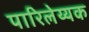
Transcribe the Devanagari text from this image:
पारिलेय्यक